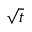
\sqrt { t }